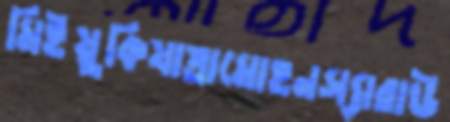
মিইয়ুকিযাত্রামোহনস্যারাউ